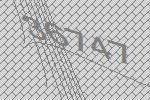
36747